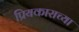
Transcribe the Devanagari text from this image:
प्रियकाराच्या